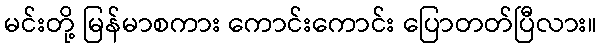
မင်းတို့ မြန်မာစကား ကောင်းကောင်း ပြောတတ်ပြီလား။